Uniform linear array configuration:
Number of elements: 64
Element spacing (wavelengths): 1
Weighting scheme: hamming
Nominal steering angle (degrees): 60
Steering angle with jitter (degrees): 59.785
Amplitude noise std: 0.05
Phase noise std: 0.05

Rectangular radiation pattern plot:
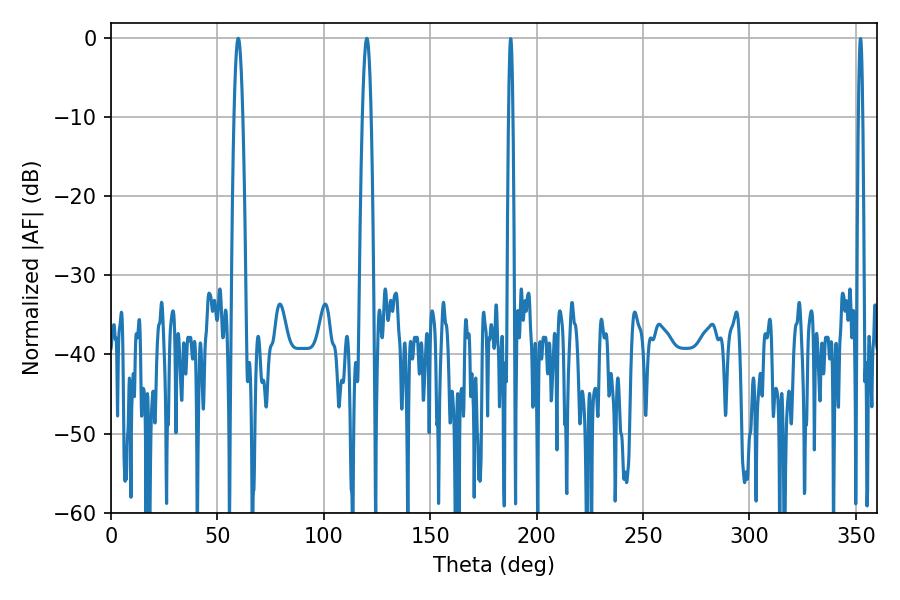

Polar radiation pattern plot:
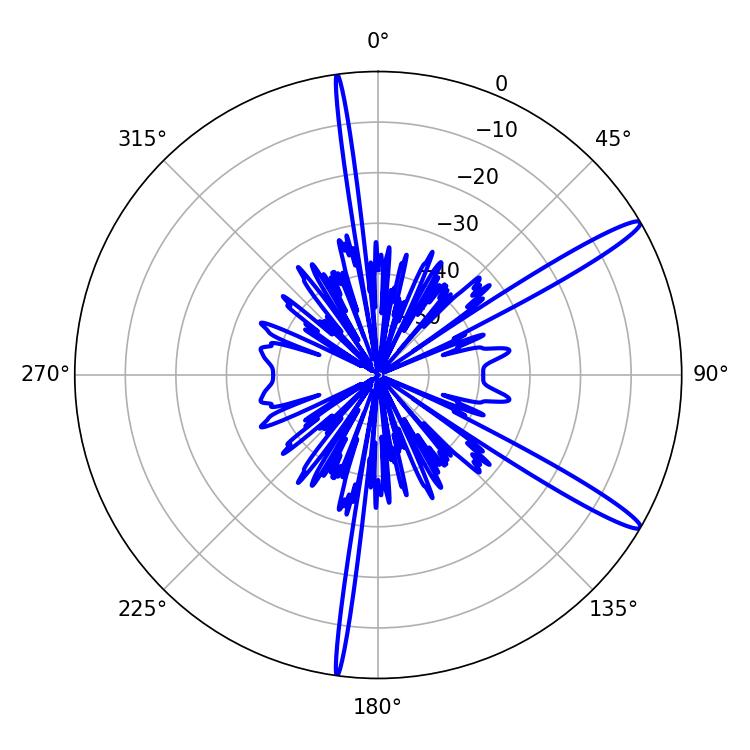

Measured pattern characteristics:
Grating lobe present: TRUE
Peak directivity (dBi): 14.627
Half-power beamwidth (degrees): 2.16
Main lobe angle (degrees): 59.76